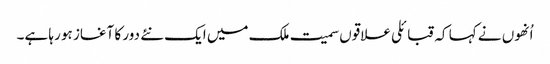
اُنھوں نے کہا کہ قبائلی علاقوں سمیت ملک میں ایک نئے دور کا آغاز ہو رہا ہے۔